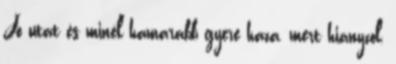
Jó utat és minél hamarabb gyere haza, mert hiányzol,